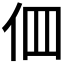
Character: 𠇻